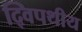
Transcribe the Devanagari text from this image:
द्विपथीय